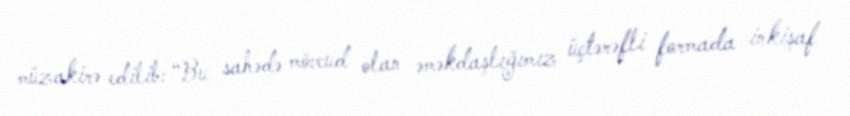
müzakirə edilib: “Bu sahədə mövcud olan əməkdaşlığımız üçtərəfli formada inkişaf